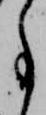
事